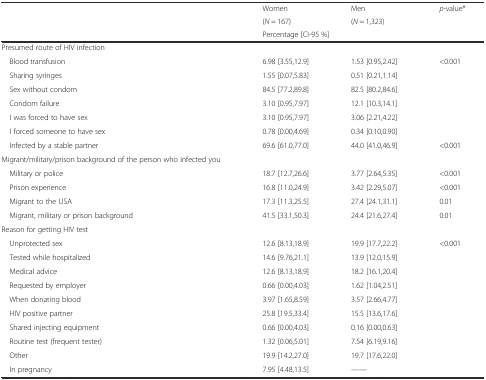
<table><thead><tr><td></td><td><b>Women</b></td><td><b>Men</b></td><td rowspan="3"><b><i>p</i>-value*</b></td></tr><tr><td></td><td><b>(<i>N</i> = 167)</b></td><td><b>(<i>N</i> = 1,323)</b></td></tr><tr><td></td><td colspan="2"><b>Percentage [CI-95 %]</b></td></tr></thead><tbody><tr><td>Presumed route of HIV infection</td><td></td><td></td><td></td></tr><tr><td> Blood transfusion</td><td>6.98 [3.55,12.9]</td><td>1.53 [0.95,2.42]</td><td>&lt;0.001</td></tr><tr><td> Sharing syringes</td><td>1.55 [0.07,5.83]</td><td>0.51 [0.21,1.14]</td><td></td></tr><tr><td> Sex without condom</td><td>84.5 [77.2,89.8]</td><td>82.5 [80.2,84.6]</td><td></td></tr><tr><td> Condom failure</td><td>3.10 [0.95,7.97]</td><td>12.1 [10.3,14.1]</td><td></td></tr><tr><td> I was forced to have sex</td><td>3.10 [0.95,7.97]</td><td>3.06 [2.21,4.22]</td><td></td></tr><tr><td> I forced someone to have sex</td><td>0.78 [0.00,4.69]</td><td>0.34 [0.10,0.90]</td><td></td></tr><tr><td> Infected by a stable partner</td><td>69.6 [61.0,77.0]</td><td>44.0 [41.0,46.9]</td><td>&lt;0.001</td></tr><tr><td>Migrant/military/prison background of the person who infected you</td><td></td><td></td><td></td></tr><tr><td> Military or police</td><td>18.7 [12.7,26.6]</td><td>3.77 [2.64,5.35]</td><td>&lt;0.001</td></tr><tr><td> Prison experience</td><td>16.8 [11.0,24.9]</td><td>3.42 [2.29,5.07]</td><td>&lt;0.001</td></tr><tr><td> Migrant to the USA</td><td>17.3 [11.3,25.5]</td><td>27.4 [24.1,31.1]</td><td>0.01</td></tr><tr><td> Migrant, military or prison background</td><td>41.5 [33.1,50.3]</td><td>24.4 [21.6,27.4]</td><td>0.01</td></tr><tr><td>Reason for getting HIV test</td><td></td><td></td><td></td></tr><tr><td> Unprotected sex</td><td>12.6 [8.13,18.9]</td><td>19.9 [17.7,22.2]</td><td>&lt;0.001</td></tr><tr><td> Tested while hospitalized</td><td>14.6 [9.76,21.1]</td><td>13.9 [12.0,15.9]</td><td></td></tr><tr><td> Medical advice</td><td>12.6 [8.13,18.9]</td><td>18.2 [16.1,20.4]</td><td></td></tr><tr><td> Requested by employer</td><td>0.66 [0.00,4.03]</td><td>1.62 [1.04,2.51]</td><td></td></tr><tr><td> When donating blood</td><td>3.97 [1.65,8.59]</td><td>3.57 [2.66,4.77]</td><td></td></tr><tr><td> HIV positive partner</td><td>25.8 [19.5,33.4]</td><td>15.5 [13.6,17.6]</td><td></td></tr><tr><td> Shared injecting equipment</td><td>0.66 [0.00,4.03]</td><td>0.16 [0.00,0.63]</td><td></td></tr><tr><td> Routine test (frequent tester)</td><td>1.32 [0.06,5.01]</td><td>7.54 [6.19,9.16]</td><td></td></tr><tr><td> Other</td><td>19.9 [14.2,27.0]</td><td>19.7 [17.6,22.0]</td><td></td></tr><tr><td> In pregnancy</td><td>7.95 [4.48,13.5]</td><td>----</td><td></td></tr></tbody></table>